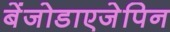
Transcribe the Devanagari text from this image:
बेंजोडाएजेपिन